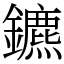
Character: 鑣